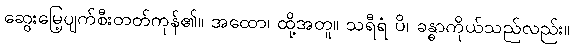
ဆွေးမြေ့ပျက်စီးတတ်ကုန်၏။ အထော၊ ထို့အတူ။ သရီရံ ပိ၊ ခန္ဓာကိုယ်သည်လည်း။